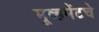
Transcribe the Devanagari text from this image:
मूव्हमेंटचे